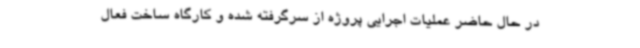
در حال حاضر عملیات اجرایی پروژه از سرگرفته شده و کارگاه ساخت فعال